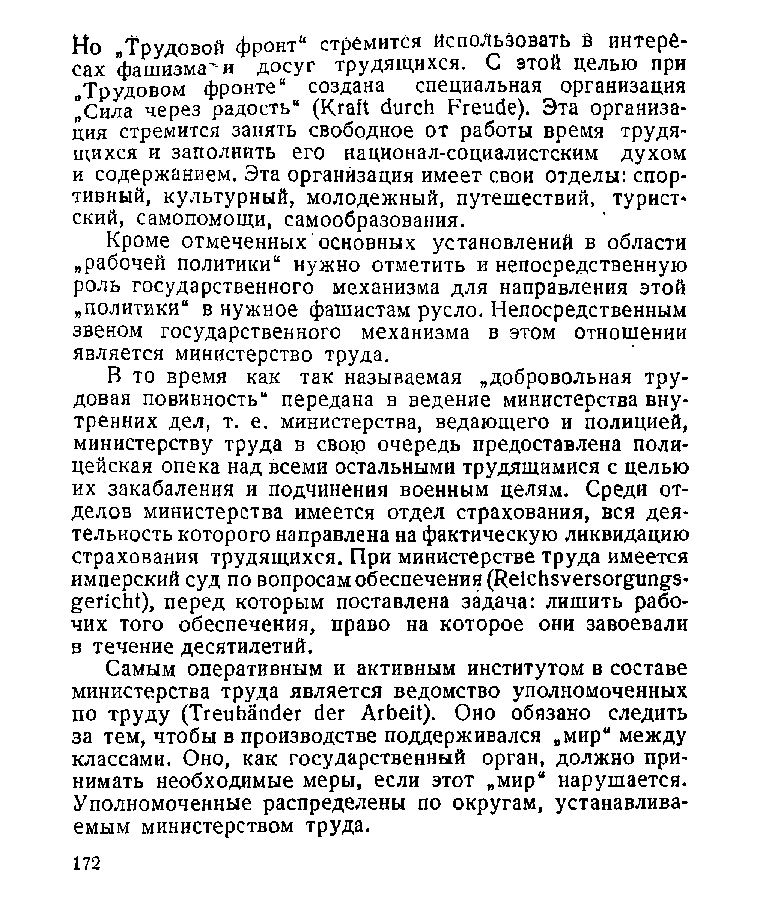
Но „Трудовой Фронт“ стремится Использовать В интере­
 сах фашизма^и досуг трудящихся. С этой целью при
 „Трудовом фронте“ создана специальная организация
 "Сила через радость“ (Kraft durch Freude). Эта организа­
 ция стремится занять свободное от работы время трудя­
 щихся и заполнить его национал-социалистским духом
 и содержанием. Эта организация имеет свои отделы: спор­
 тивный, культурный, молодежный, путешествий, турист­
 ский, самопомощи, самообразования.
 Кроме отмеченных основных установлений в области
 „рабочей политики“ нужно отметить и непосредственную
 роль государственного механизма для направления этой
 „политики“ в нужное фашистам русло. Непосредственным
 звеном государственного механизма в этом отношении
 является министерство труда.
 В то время как так называемая „добровольная тру­
 довая повинность“ передана в ведение министерства вну­
 тренних дел, т. е. министерства, ведающего и полицией,
 министерству труда в свою очередь предоставлена поли­
 цейская опека над всеми остальными трудящимися с целью
 их закабаления и подчинения военным целям. Среди от­
 делов министерства имеется отдел страхования, вся дея­
 тельность которого направлена на фактическую ликвидацию
 страхования трудящихся. При министерстве труда имеется
 имперский суд по вопросам обеспечения (Reichsversorgungs­
 gericht), перед которым поставлена задача: лишить рабо­
 чих того обеспечения, право на которое они завоевали
 в течение десятилетий.
 Самым оперативным и активным институтом в составе
 министерства труда является ведомство уполномоченных
 по труду (Treuhänder der Arbeit). Оно обязано следить
 за тем, чтобы в производстве поддерживался „мир“ между
 классами. Оно, как государственный орган, должно при­
 нимать необходимые меры, если этот „мир“ нарушается.
 Уполномоченные распределены по округам, устанавлива­
 емым министерством труда.
 172